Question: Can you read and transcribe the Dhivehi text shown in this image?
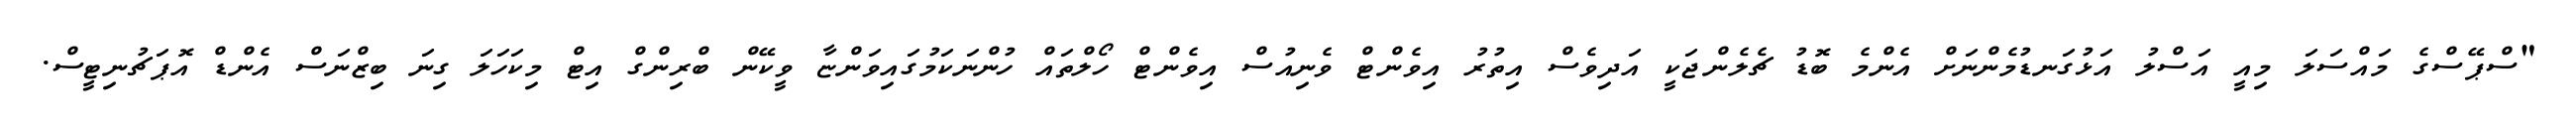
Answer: "ސްޕޭސްގެ މައްސަލަ މިއީ އަސްލު އަޅުގަނޑުމެންނަށް އެންމެ ބޮޑު ޗެލެންޖަކީ އަދިވެސް އިތުރު އިވެންޓް ވެނިއުސް އިވެންޓް ހޯލްތައް ހުންނަކަމުގައިވަންޏާ ވީކޭން ބްރިންގް އިޓް މިކަހަލަ ގިނަ ބިޒްނަސް އެންޑް އޮޕަޗުނިޓީސް.